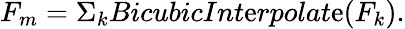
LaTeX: F_{m}=\Sigma_{k}BicubicInt\mathrm{e}rpolat\mathrm{e}(F_{k}).